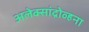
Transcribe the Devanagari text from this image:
अलेक्सांद्रोव्हना